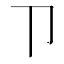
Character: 𰆊